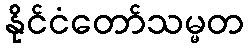
နိုင်ငံတော်သမ္မတ